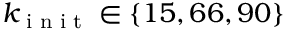
k _ { \textrm { i n i t } } \in \{ 1 5 , 6 6 , 9 0 \}